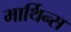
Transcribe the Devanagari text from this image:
मार्थिन्स